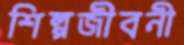
শিল্পজীবনী